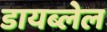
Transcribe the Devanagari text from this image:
डायब्लेल